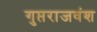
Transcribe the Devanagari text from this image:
गुप्तराजवंश